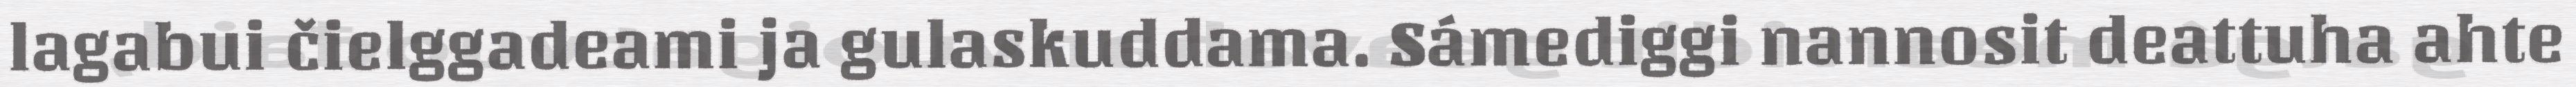
lagabui čielggadeami ja gulaskuddama. Sámediggi nannosit deattuha ahte